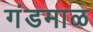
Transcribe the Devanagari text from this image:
गंडमाळ